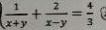
\frac { 1 } { x + y } + \frac { 2 } { x - y } = \frac { 4 } { 3 } \textcircled { 2 }